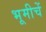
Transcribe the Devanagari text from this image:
भूमीचें